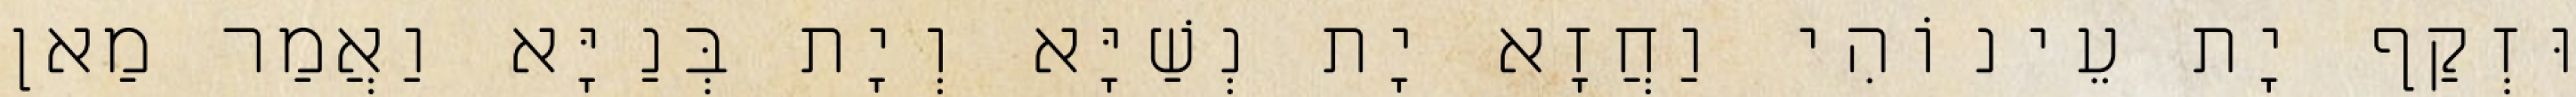
וּזְקַף יָת עֵינוֹהִי וַחֲזָא יָת נְשַׁיָּא וְיָת בְּנַיָּא וַאֲמַר מַאן